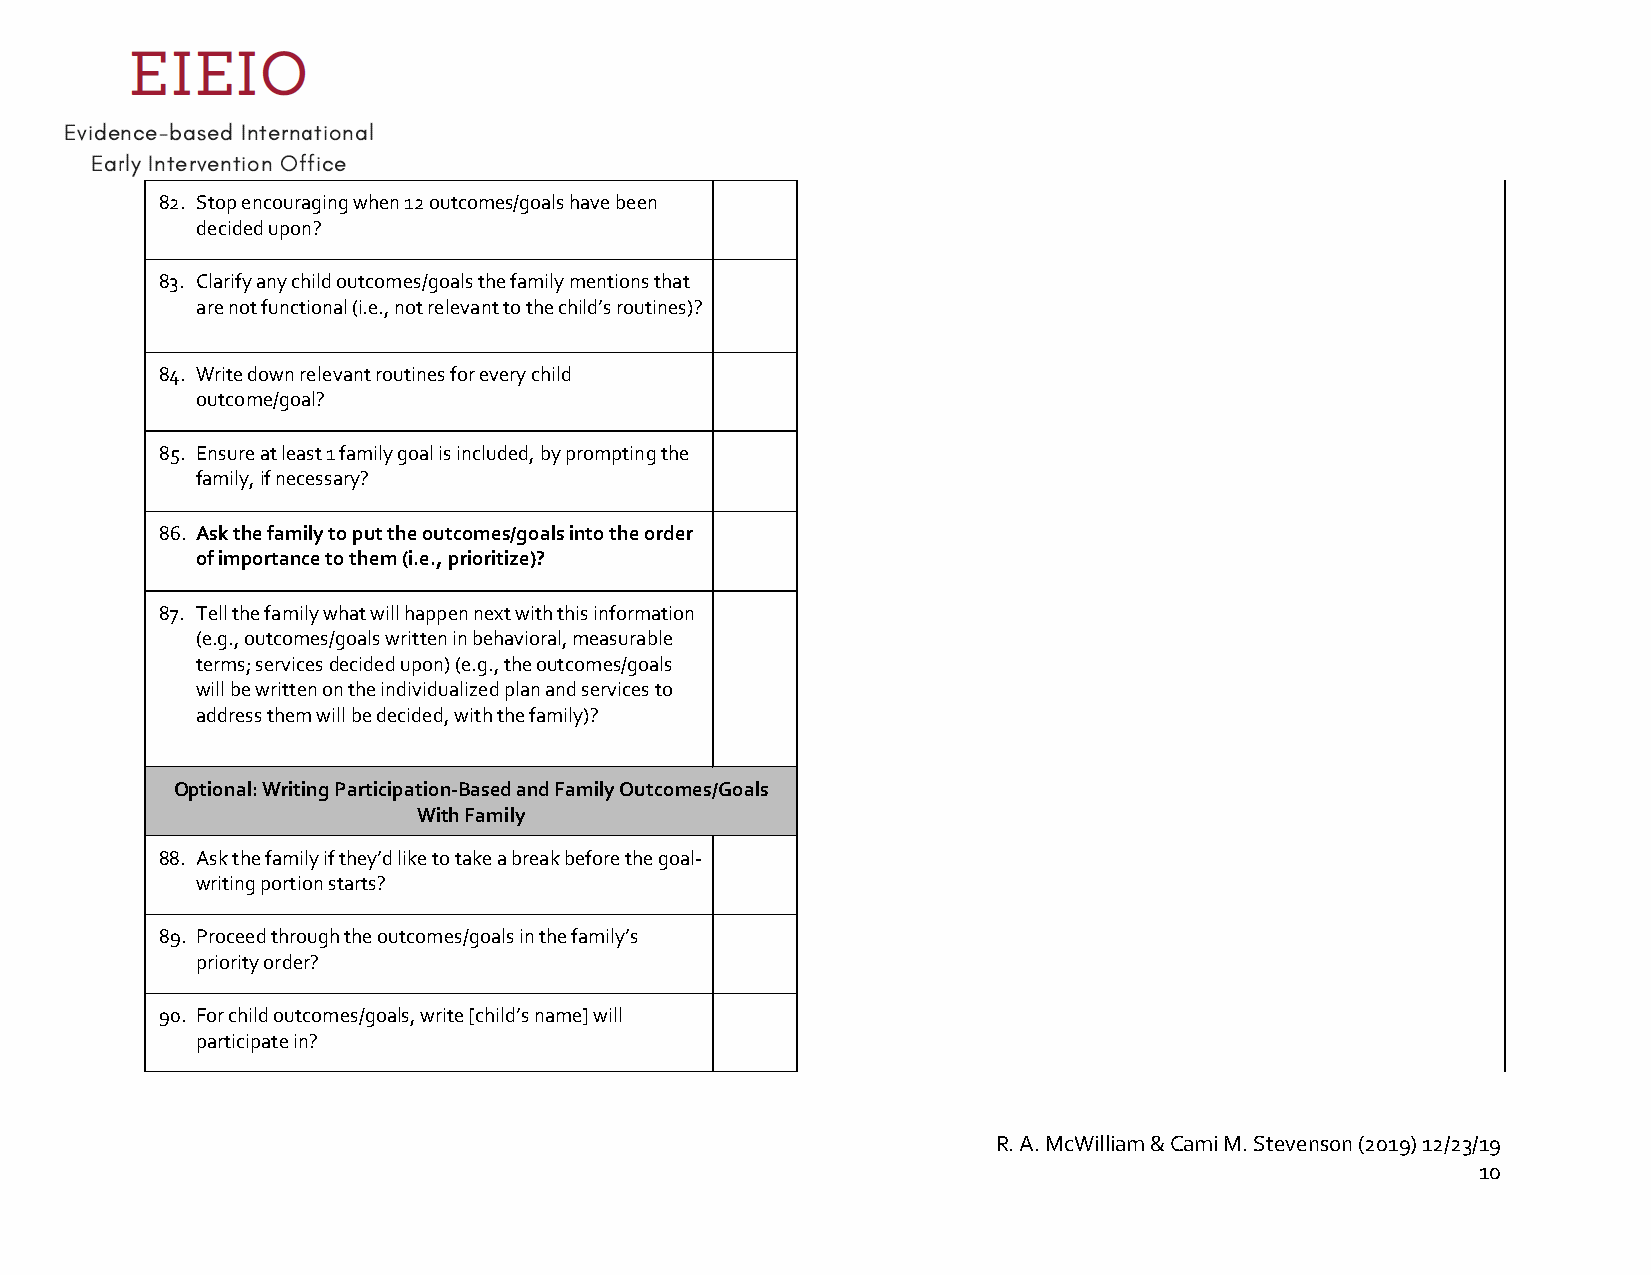
82. Stop encouraging when 12 outcomes/goals have been
 decided upon?
 83. Clarify any child outcomes/goals the family mentions that
 are not functional (i.e., not relevant to the child’s routines)?
 84. Write down relevant routines for every child
 outcome/goal?
 85. Ensure at least 1 family goal is included, by prompting the
 family, if necessary?
 86. Ask the family to put the outcomes/goals into the order
 of importance to them (i.e., prioritize)?
 87. Tell the family what will happen next with this information
 (e.g., outcomes/goals written in behavioral, measurable
 terms; services decided upon) (e.g., the outcomes/goals
 will be written on the individualized plan and services to
 address them will be decided, with the family)?
 Optional: Writing Participation-Based and Family Outcomes/Goals
 With Family
 88. Ask the family if they’d like to take a break before the goal-
 writing portion starts?
 89. Proceed through the outcomes/goals in the family’s
 priority order?
 90. For child outcomes/goals, write [child’s name] will
 participate in?
 R. A. McWilliam & Cami M. Stevenson (2019) 12/23/19
 10